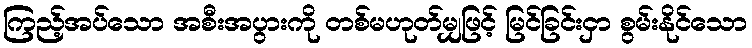
ကြည့်အပ်သော အစီးအပွားကို တစ်မဟုတ်မျှဖြင့် မြင်ခြင်းငှာ စွမ်းနိုင်သော